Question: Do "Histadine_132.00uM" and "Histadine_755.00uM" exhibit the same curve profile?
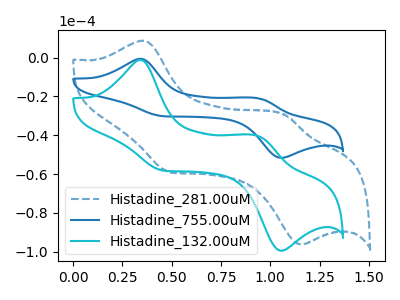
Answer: <think>The blue dashed curve "Histadine_281.00uM" has anodic peaks at (0.35V, 8.70uA) (1.10V, -29.65uA) and cathodic peaks at (0.50V, -58.95uA) (1.15V, -96.30uA). The blue curve "Histadine_755.00uM" has anodic peaks at (0.35V, -0.65uA) (0.95V, -20.95uA) and cathodic peaks at (0.45V, -30.25uA) (1.05V, -51.65uA). The cyan curve "Histadine_132.00uM" has anodic peaks at (0.35V, -1.25uA) (0.95V, -40.40uA) and cathodic peaks at (0.45V, -58.25uA) (1.05V, -99.45uA).
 All the peaks in "Histadine_132.00uM" have a peak in "Histadine_755.00uM" at the same potential.</think>
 <answer>"Histadine_132.00uM" and "Histadine_755.00uM" are similar in shape.</answer>
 <eval>same_shape</eval>